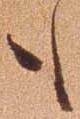
も